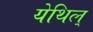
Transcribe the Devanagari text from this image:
येथिल्